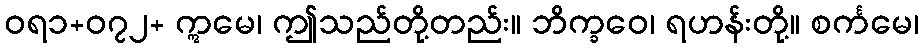
ဝရ၁+၀၇၂+ ဣမေ၊ ဤသည်တို့တည်း။ ဘိက္ခဝေ၊ ရဟန်းတို့။ စင်္ကမေ၊